Leaving Certificate Examination, 1912
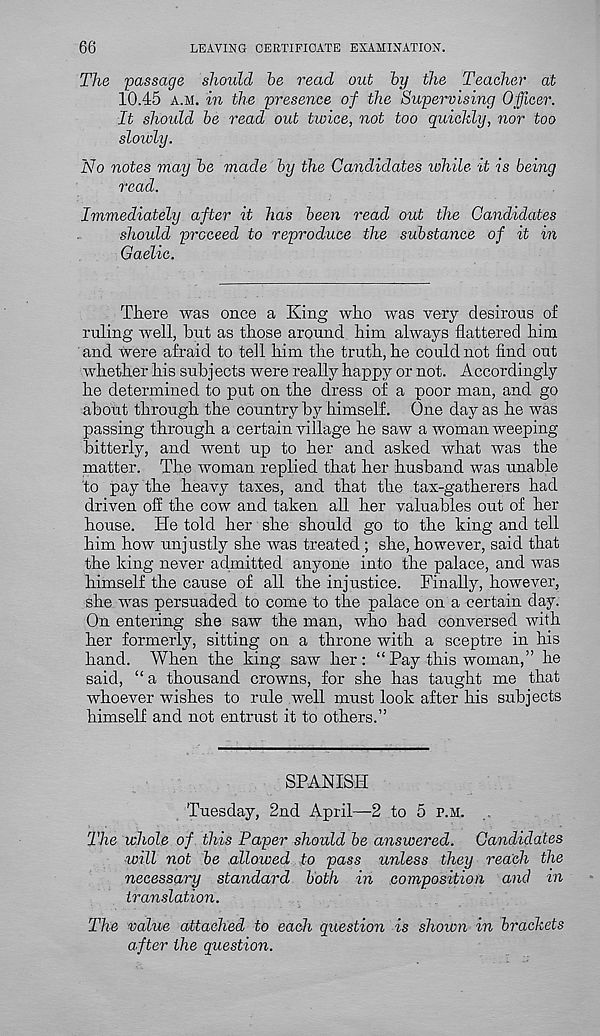
66
LEAVING CERTIFICATE EXAMINATION.
The passage should he read out hy the Teacher at
10.45 a.m. in the presence of the Supervising Officer.
It should he read out twice, not too quickly, nor too
slowly.
No notes may he made hy the Candidates ivhile it is being
read.
Immediately after it has been read out the Candidates
should proceed to reproduce the substance of it in
Gaelic.
There was once a King who was very desirous of
ruling well, hut as those around him always flattered him
and were afraid to tell him the truth, he could not find out
whether his subjects were really happy or not. Accordingly
he determined to put on the dress of a poor man, and go
about through the country by himself. One day as he was
passing through a certain village he saw a woman weeping
bitterly, and went up to her and asked what was the
matter. The woman replied that her husband was unable
to pay the heavy taxes, and that the tax-gatherers had
driven off the cow and taken all her valuables out of her
house. He told her she should go to the king and tell
him how unjustly she was treated ; she, however, said that
the king never admitted anyone into the palace, and was
himself the cause of all the injustice. Finally, however,
she was persuaded to come to the palace on a certain day.
On entering she saw the man, who had conversed with
her formerly, sitting on a throne with a sceptre in his
hand. When the king saw her: “Pay this woman,” he
said, “ a thousand crowns, for she has taught me that
whoever wishes to rule well must look after his subjects
himself and not entrust it to others.”
SPANISH
Tuesday, 2nd April—2 to 5 p.m.
The whole of this Paper should be answered. Candidates
will not be .allowed to pass unless they reach the
necessary standard both in composition and in
translation.
The value attached to each question is shown in brackets
after the question.